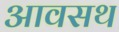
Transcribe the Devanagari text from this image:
आवसथ